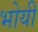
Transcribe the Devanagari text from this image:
भोयी